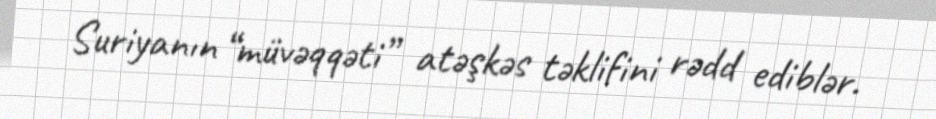
Suriyanın “müvəqqəti” atəşkəs təklifini rədd ediblər.